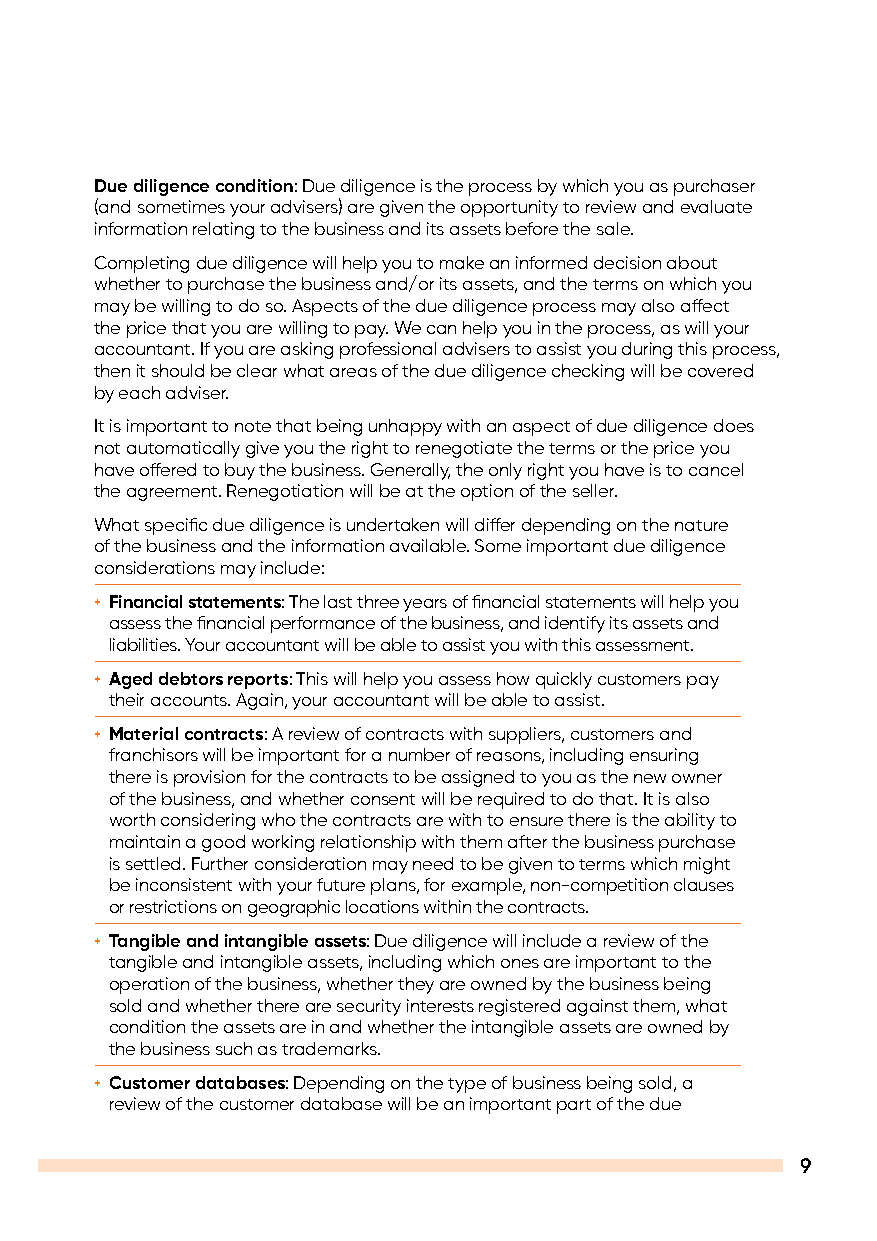
Due diligence condition: Due diligence is the process by which you as purchaser
 (and sometimes your advisers) are given the opportunity to review and evaluate
 information relating to the business and its assets before the sale.
 Completing due diligence will help you to make an informed decision about
 whether to purchase the business and/or its assets, and the terms on which you
 may be willing to do so. Aspects of the due diligence process may also affect
 the price that you are willing to pay. We can help you in the process, as will your
 accountant. If you are asking professional advisers to assist you during this process,
 then it should be clear what areas of the due diligence checking will be covered
 by each adviser.
 It is important to note that being unhappy with an aspect of due diligence does
 not automatically give you the right to renegotiate the terms or the price you
 have offered to buy the business. Generally, the only right you have is to cancel
 the agreement. Renegotiation will be at the option of the seller.
 What specific due diligence is undertaken will differ depending on the nature
 of the business and the information available. Some important due diligence
 considerations may include:
 + Financial statements: The last three years of financial statements will help you
 assess the financial performance of the business, and identify its assets and
 liabilities. Your accountant will be able to assist you with this assessment.
 + Aged debtors reports: This will help you assess how quickly customers pay
 their accounts. Again, your accountant will be able to assist.
 + Material contracts: A review of contracts with suppliers, customers and
 franchisors will be important for a number of reasons, including ensuring
 there is provision for the contracts to be assigned to you as the new owner
 of the business, and whether consent will be required to do that. It is also
 worth considering who the contracts are with to ensure there is the ability to
 maintain a good working relationship with them after the business purchase
 is settled. Further consideration may need to be given to terms which might
 be inconsistent with your future plans, for example, non-competition clauses
 or restrictions on geographic locations within the contracts.
 + Tangible and intangible assets: Due diligence will include a review of the
 tangible and intangible assets, including which ones are important to the
 operation of the business, whether they are owned by the business being
 sold and whether there are security interests registered against them, what
 condition the assets are in and whether the intangible assets are owned by
 the business such as trademarks.
 + Customer databases: Depending on the type of business being sold, a
 review of the customer database will be an important part of the due
 9